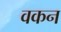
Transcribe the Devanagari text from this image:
वकन